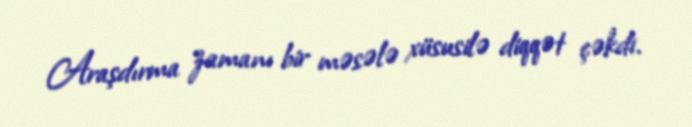
Araşdırma zamanı bir məsələ xüsusilə diqqət çəkdi.